Bréfritari: Sigríður Pálsdóttir
Viðtakandi: Páll Pálsson
Dagsetning: A-1860-01-30
Skrifað á: Hraungerði  Árn.
Páll var bróðir Sigríðar

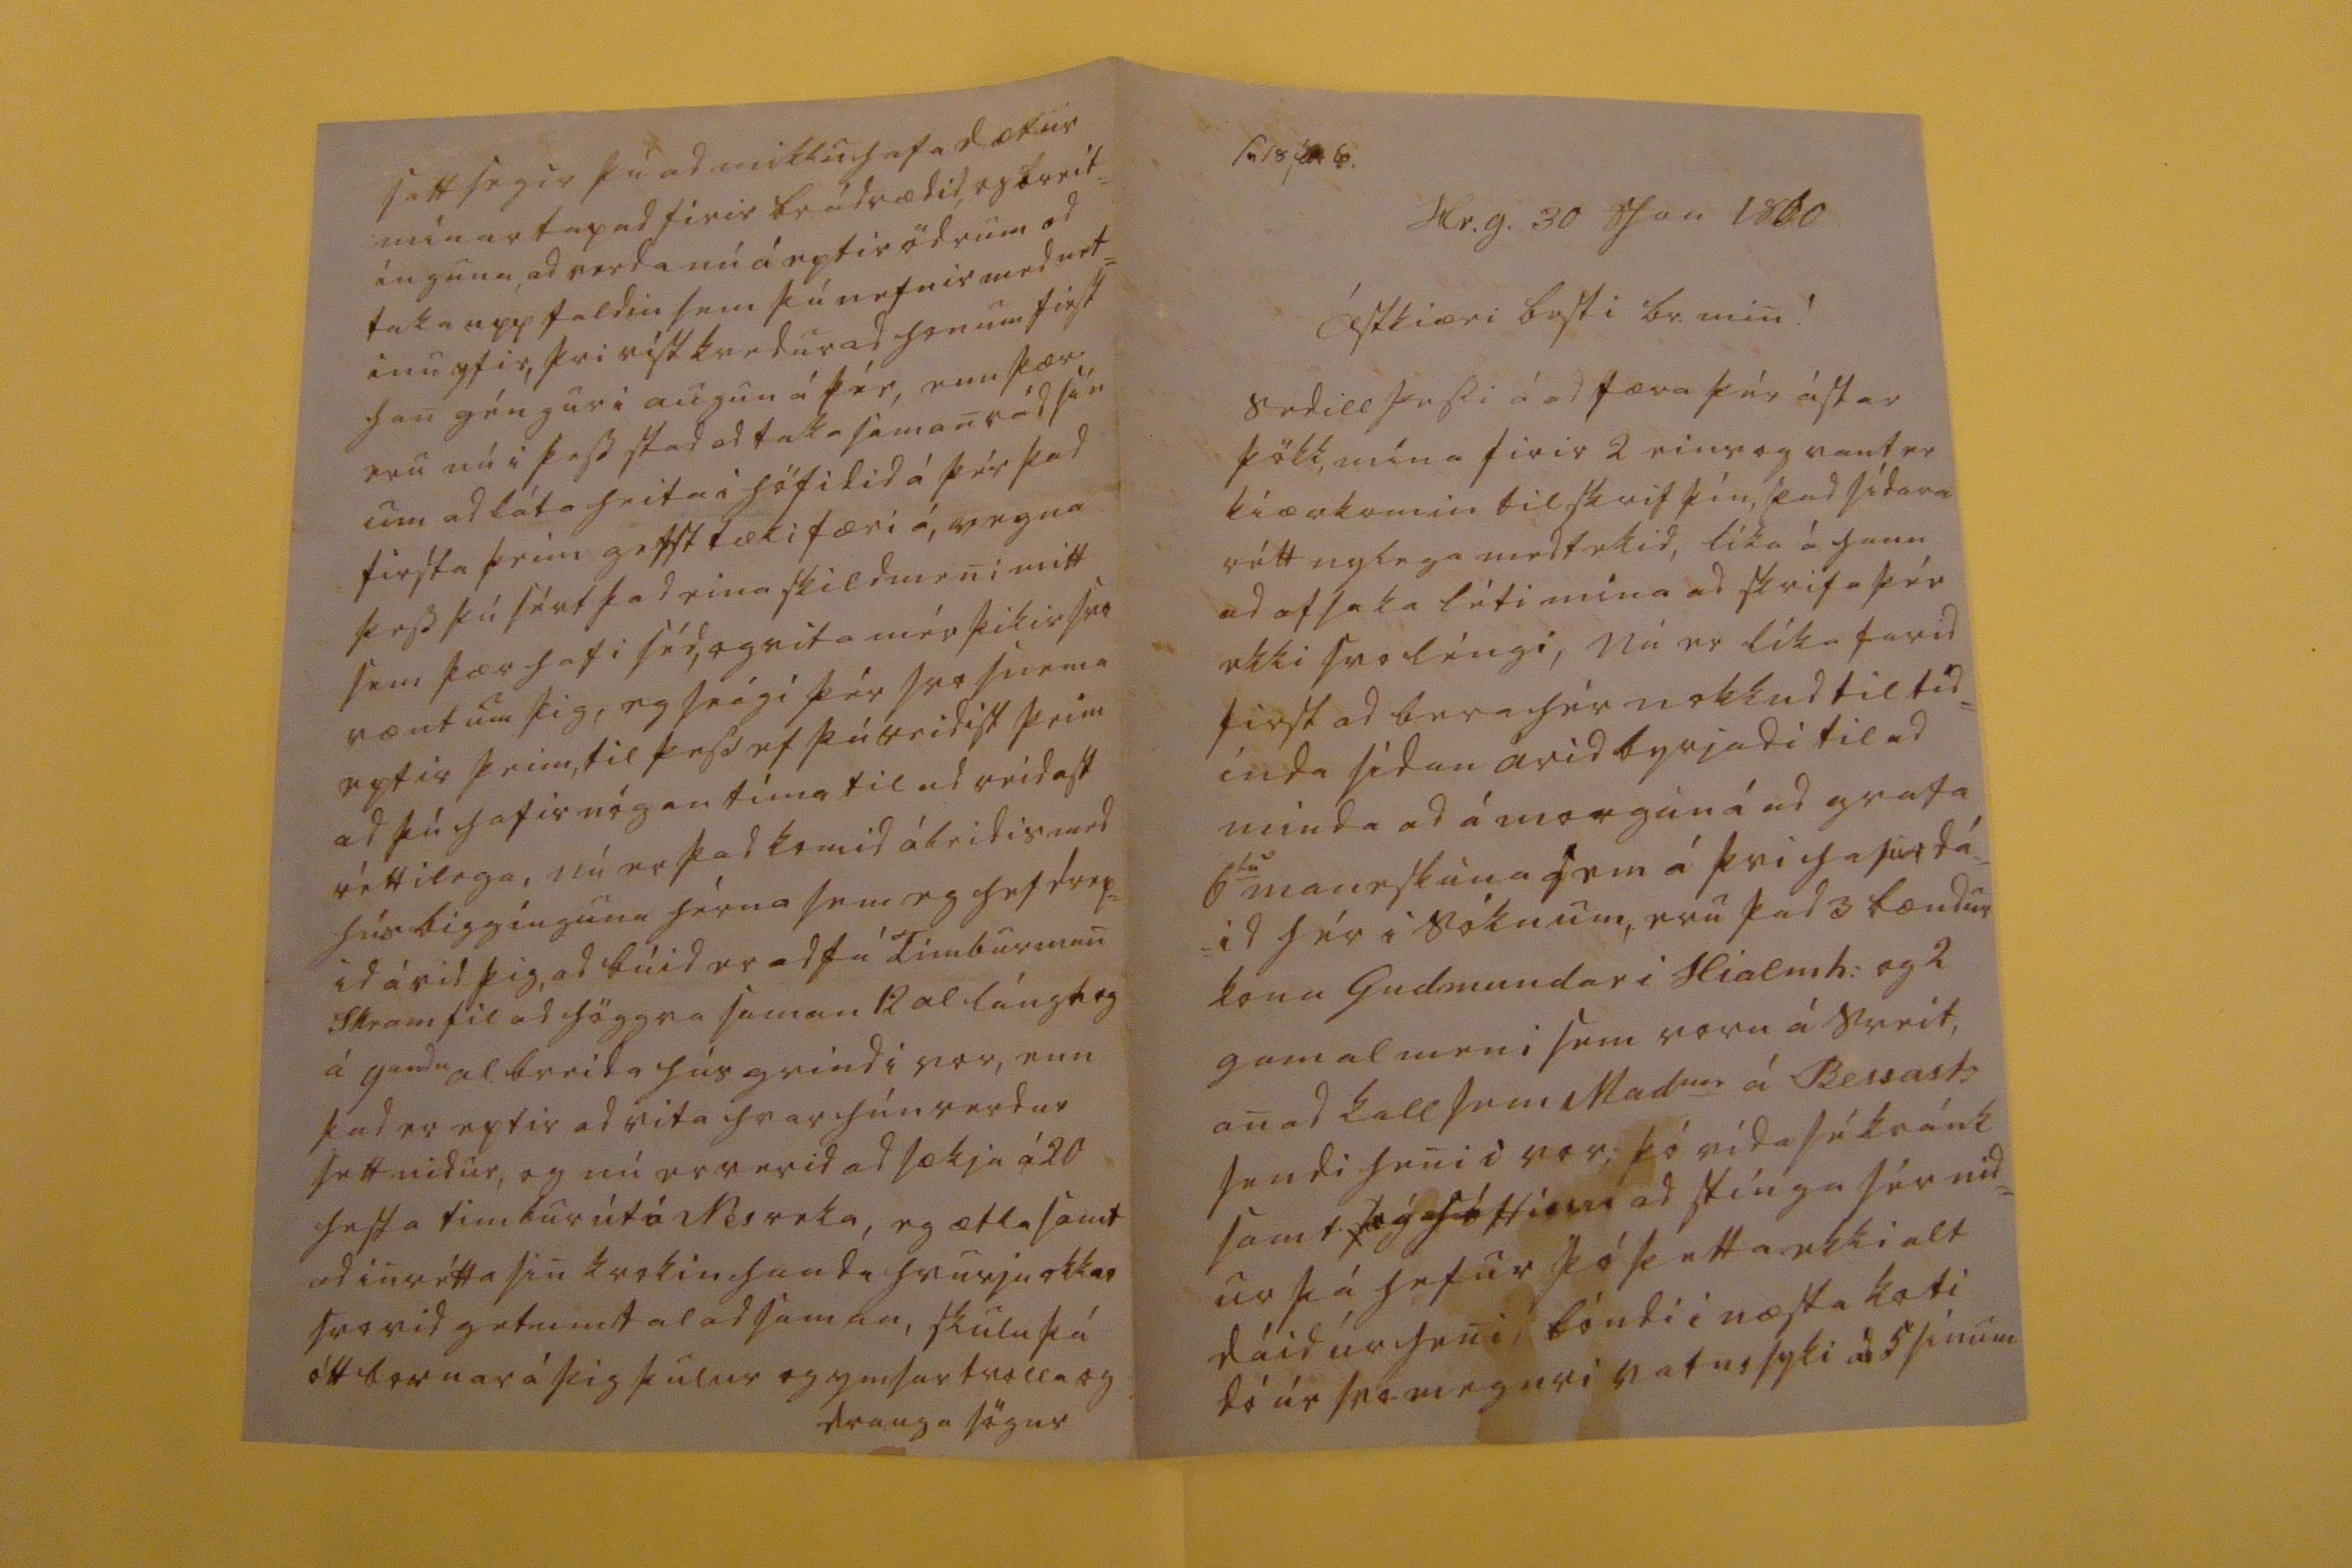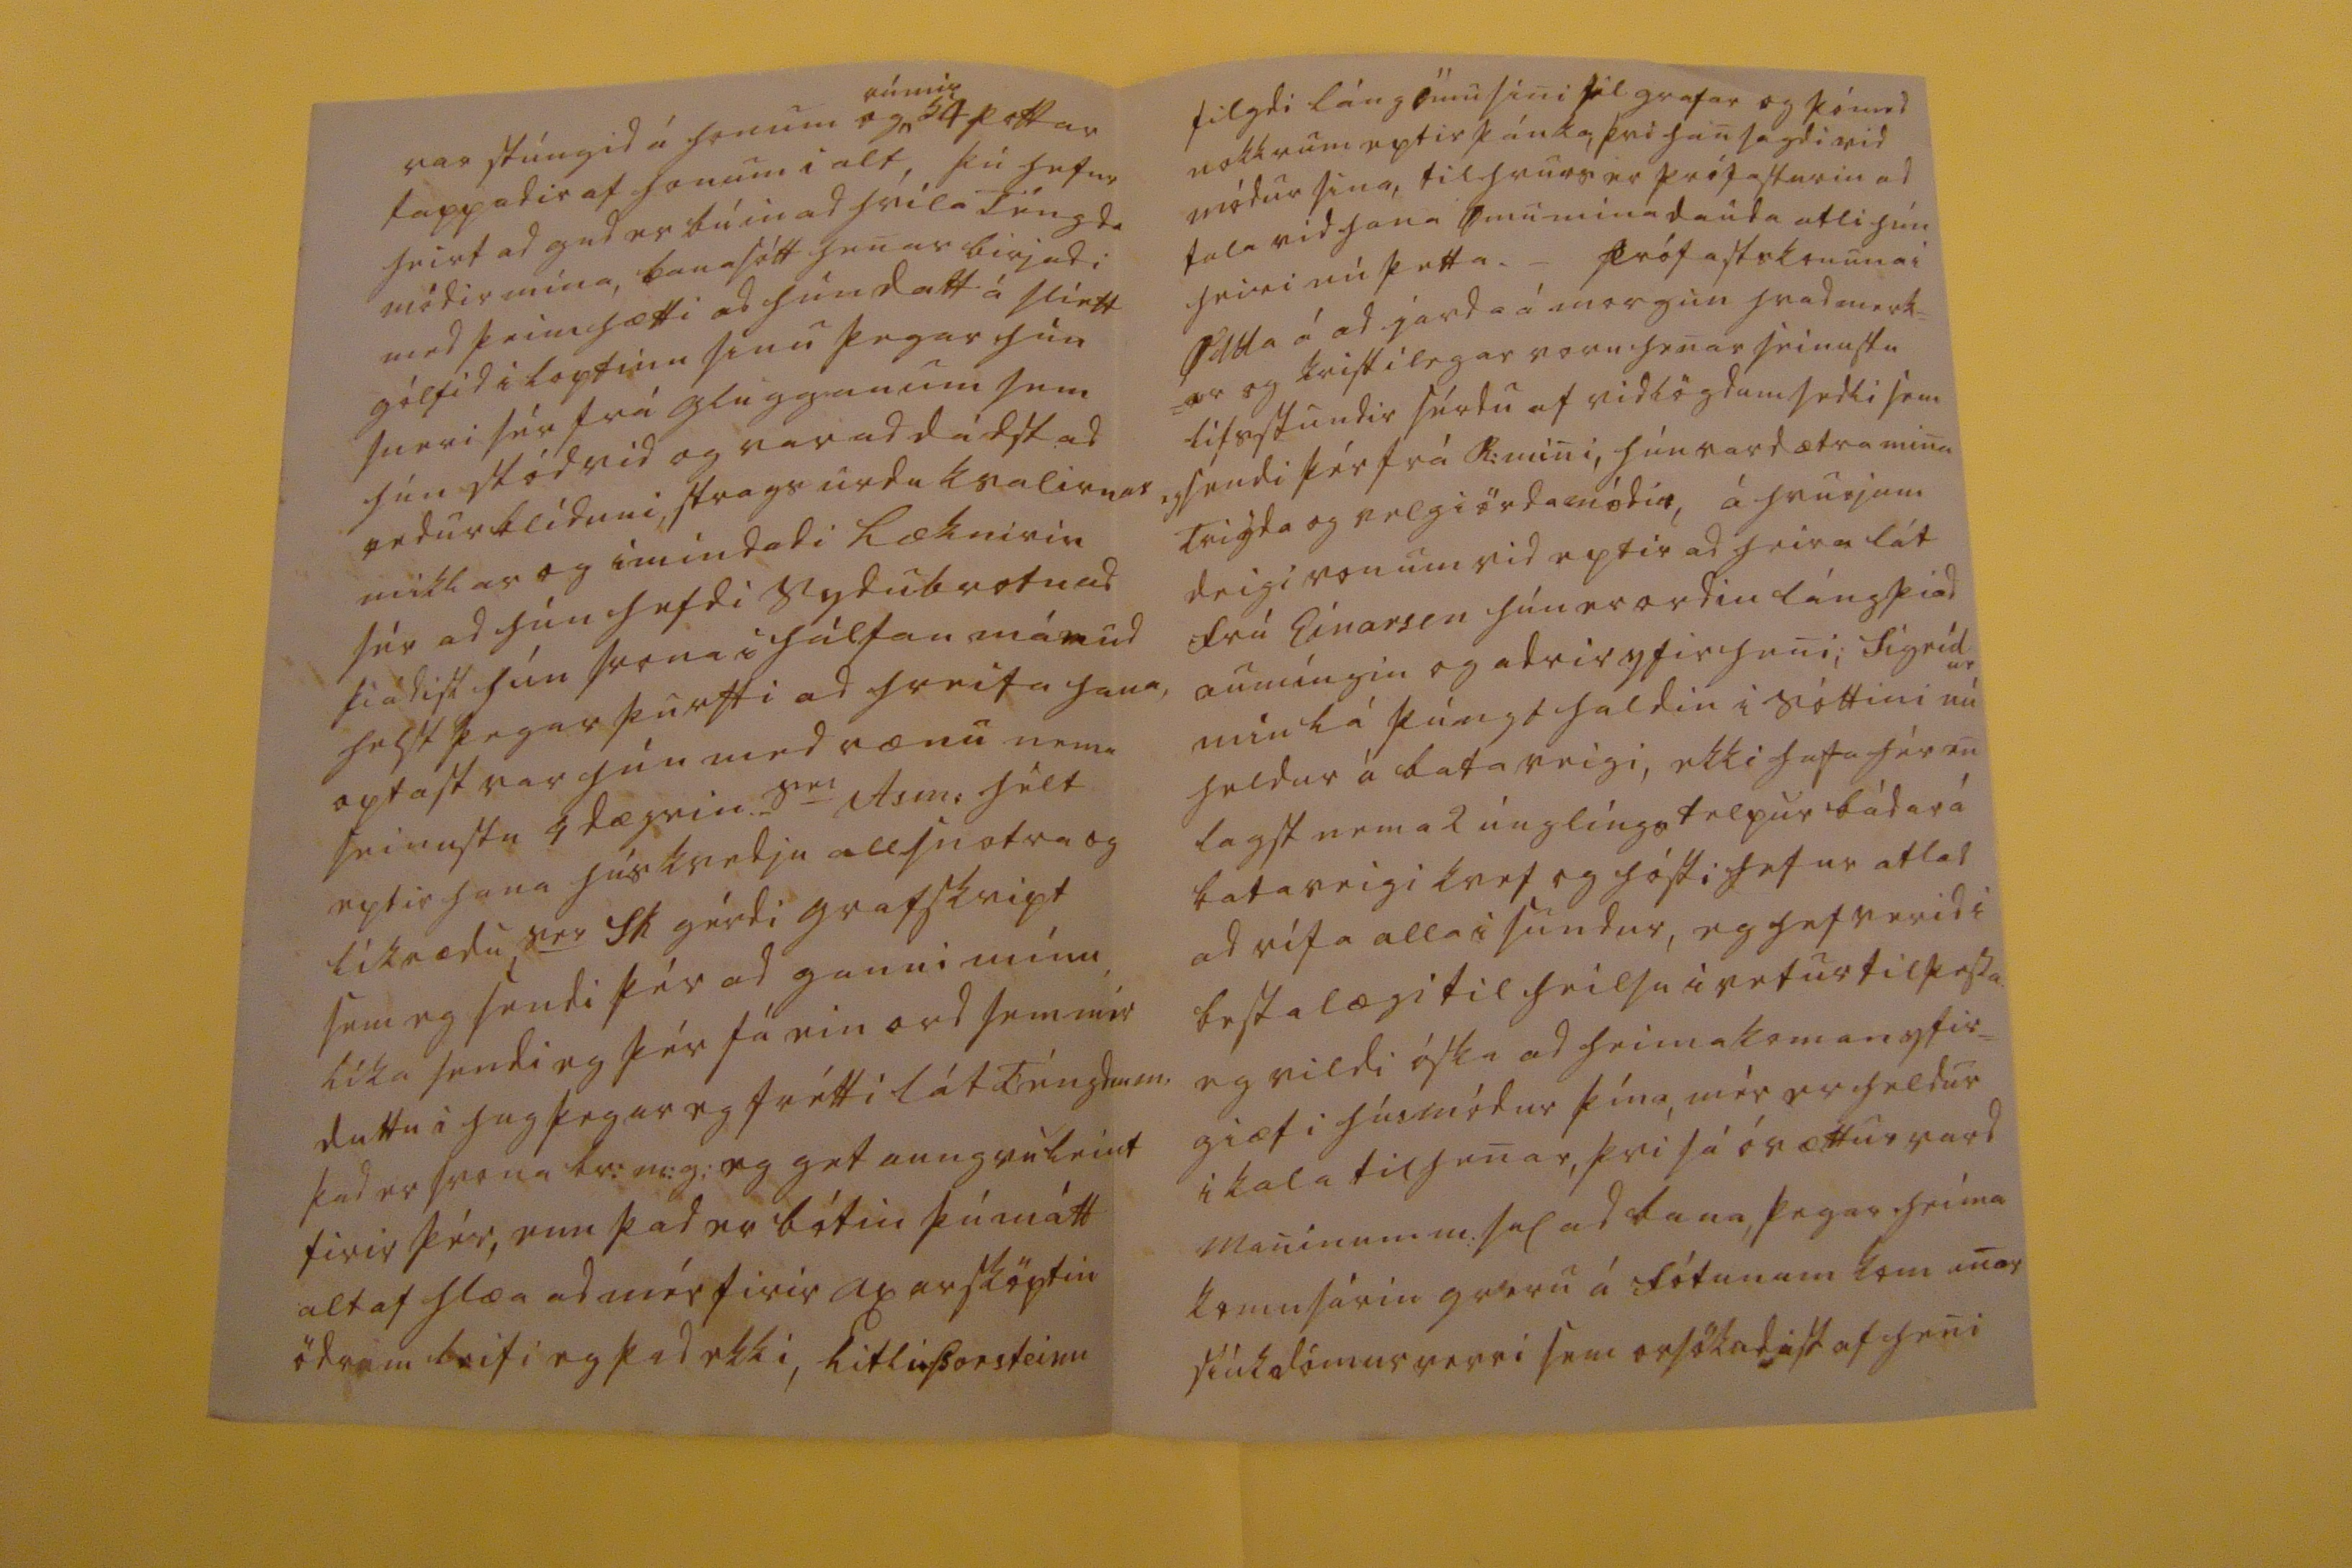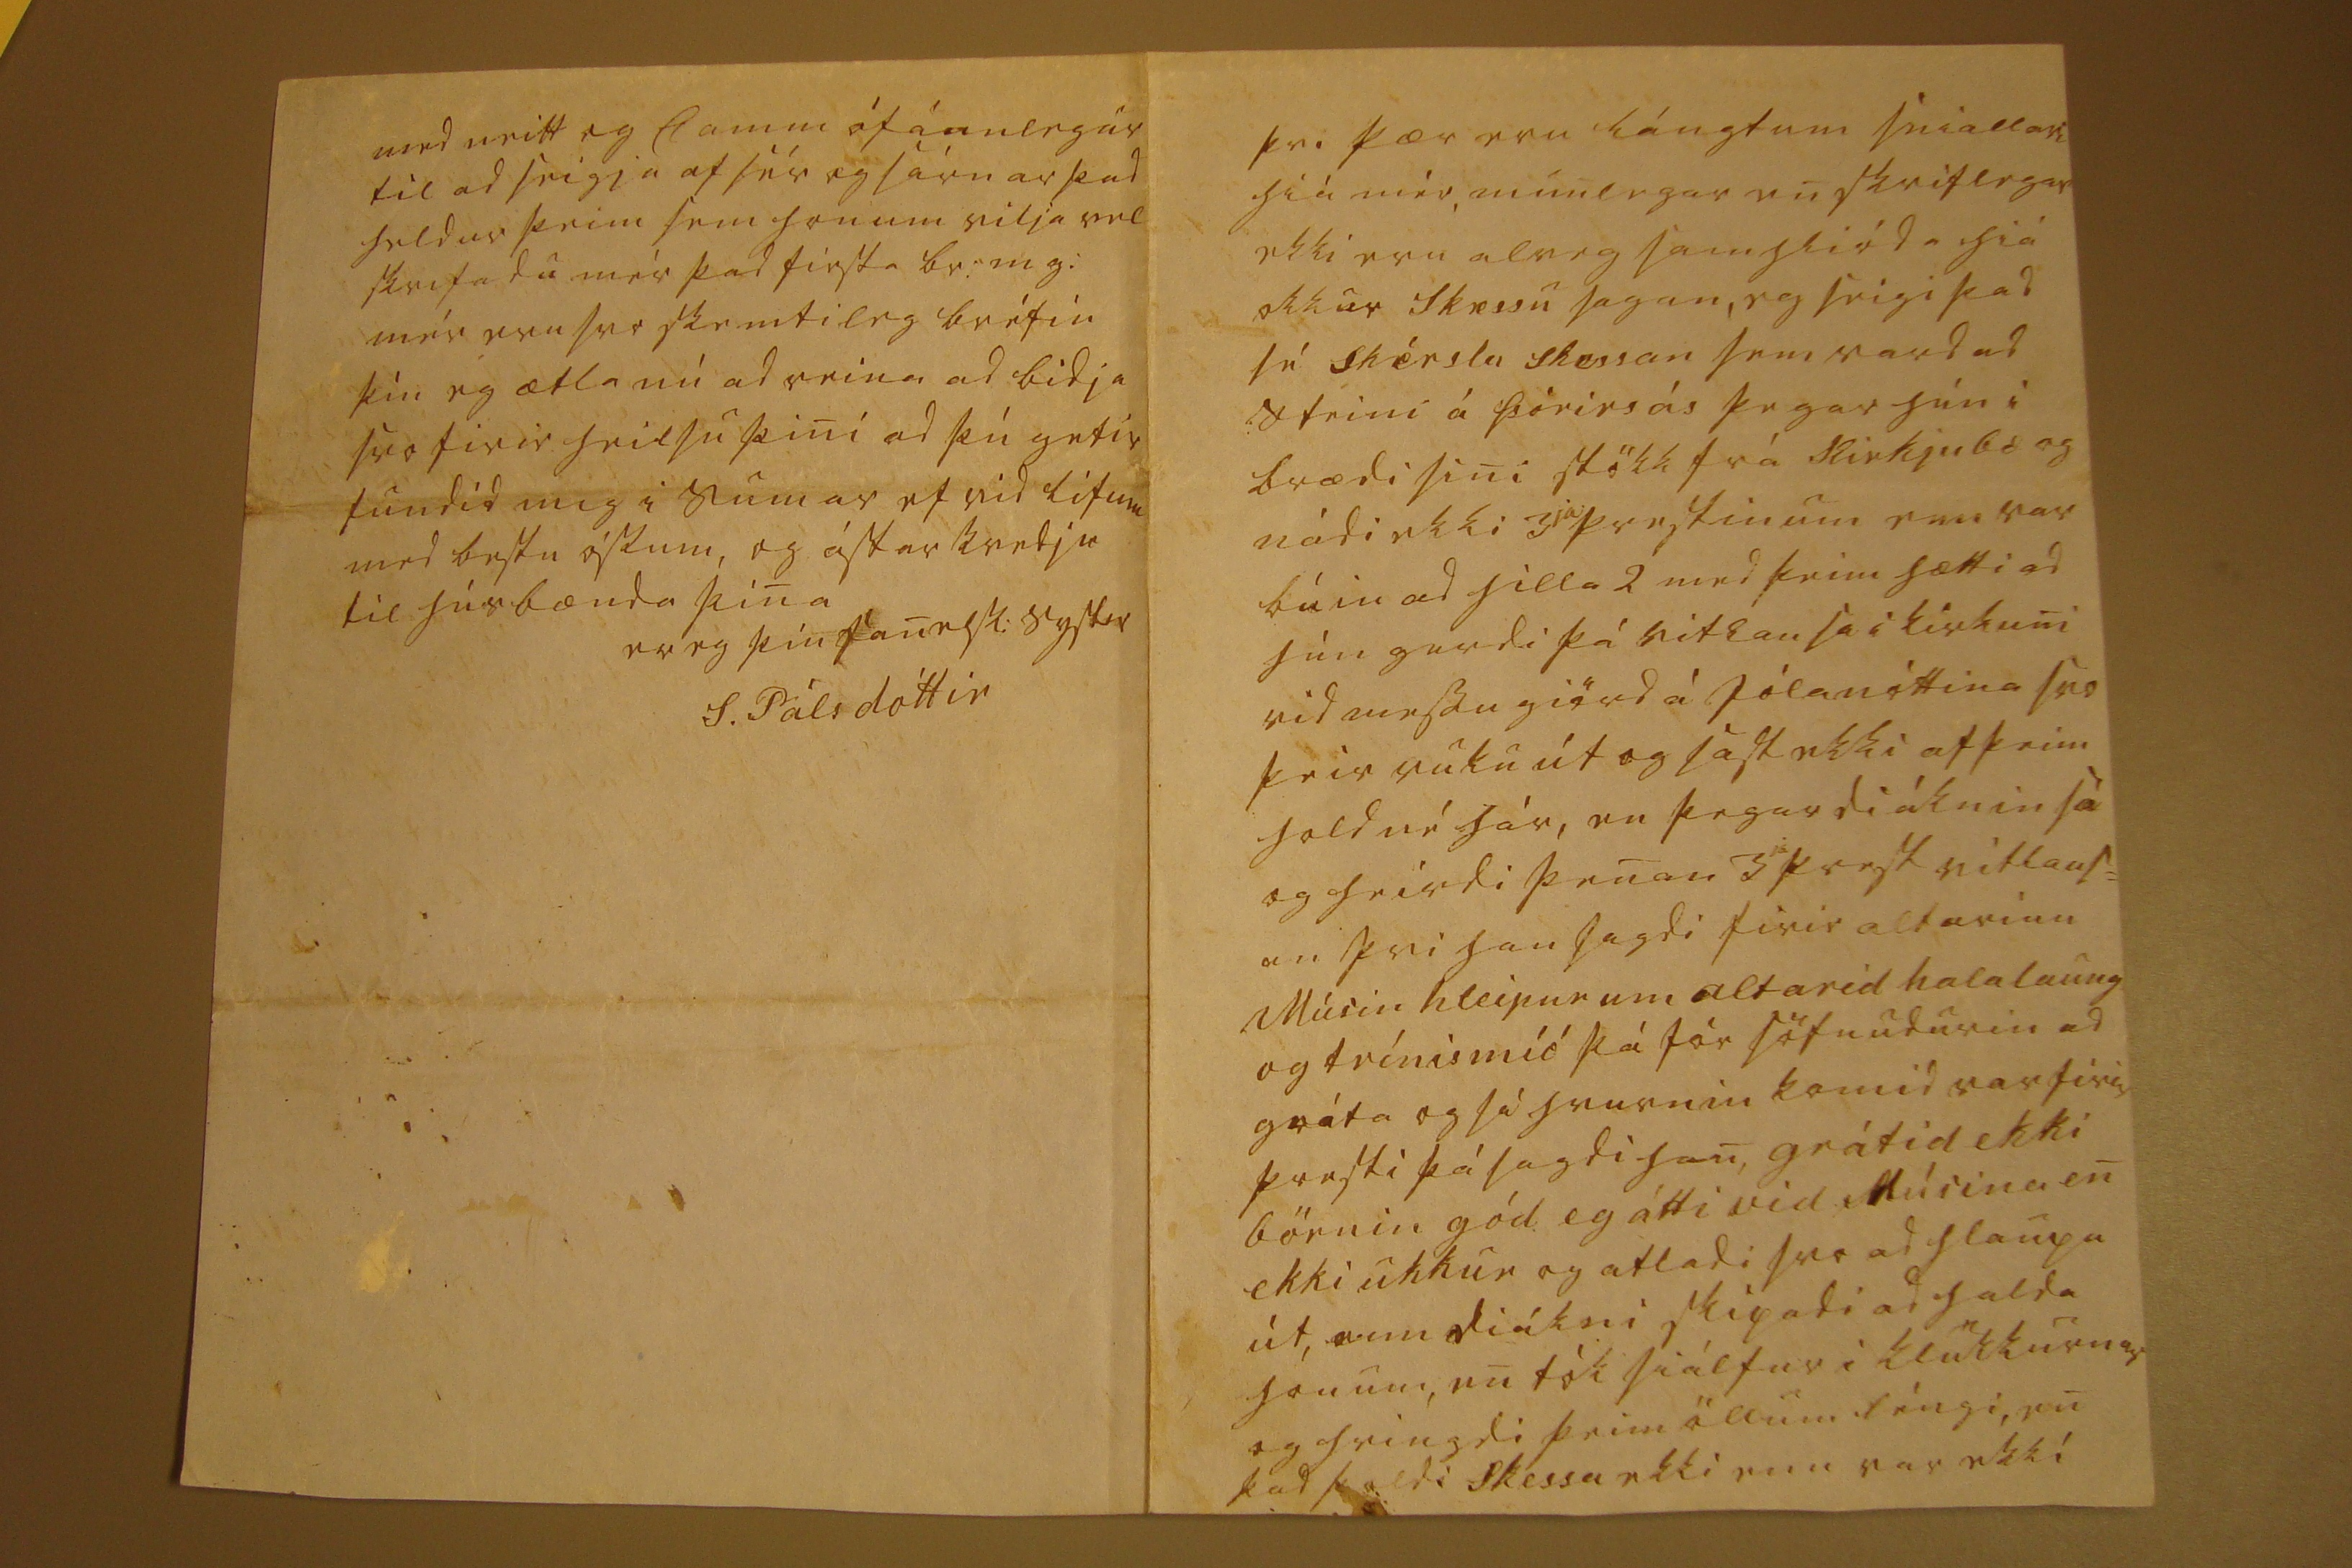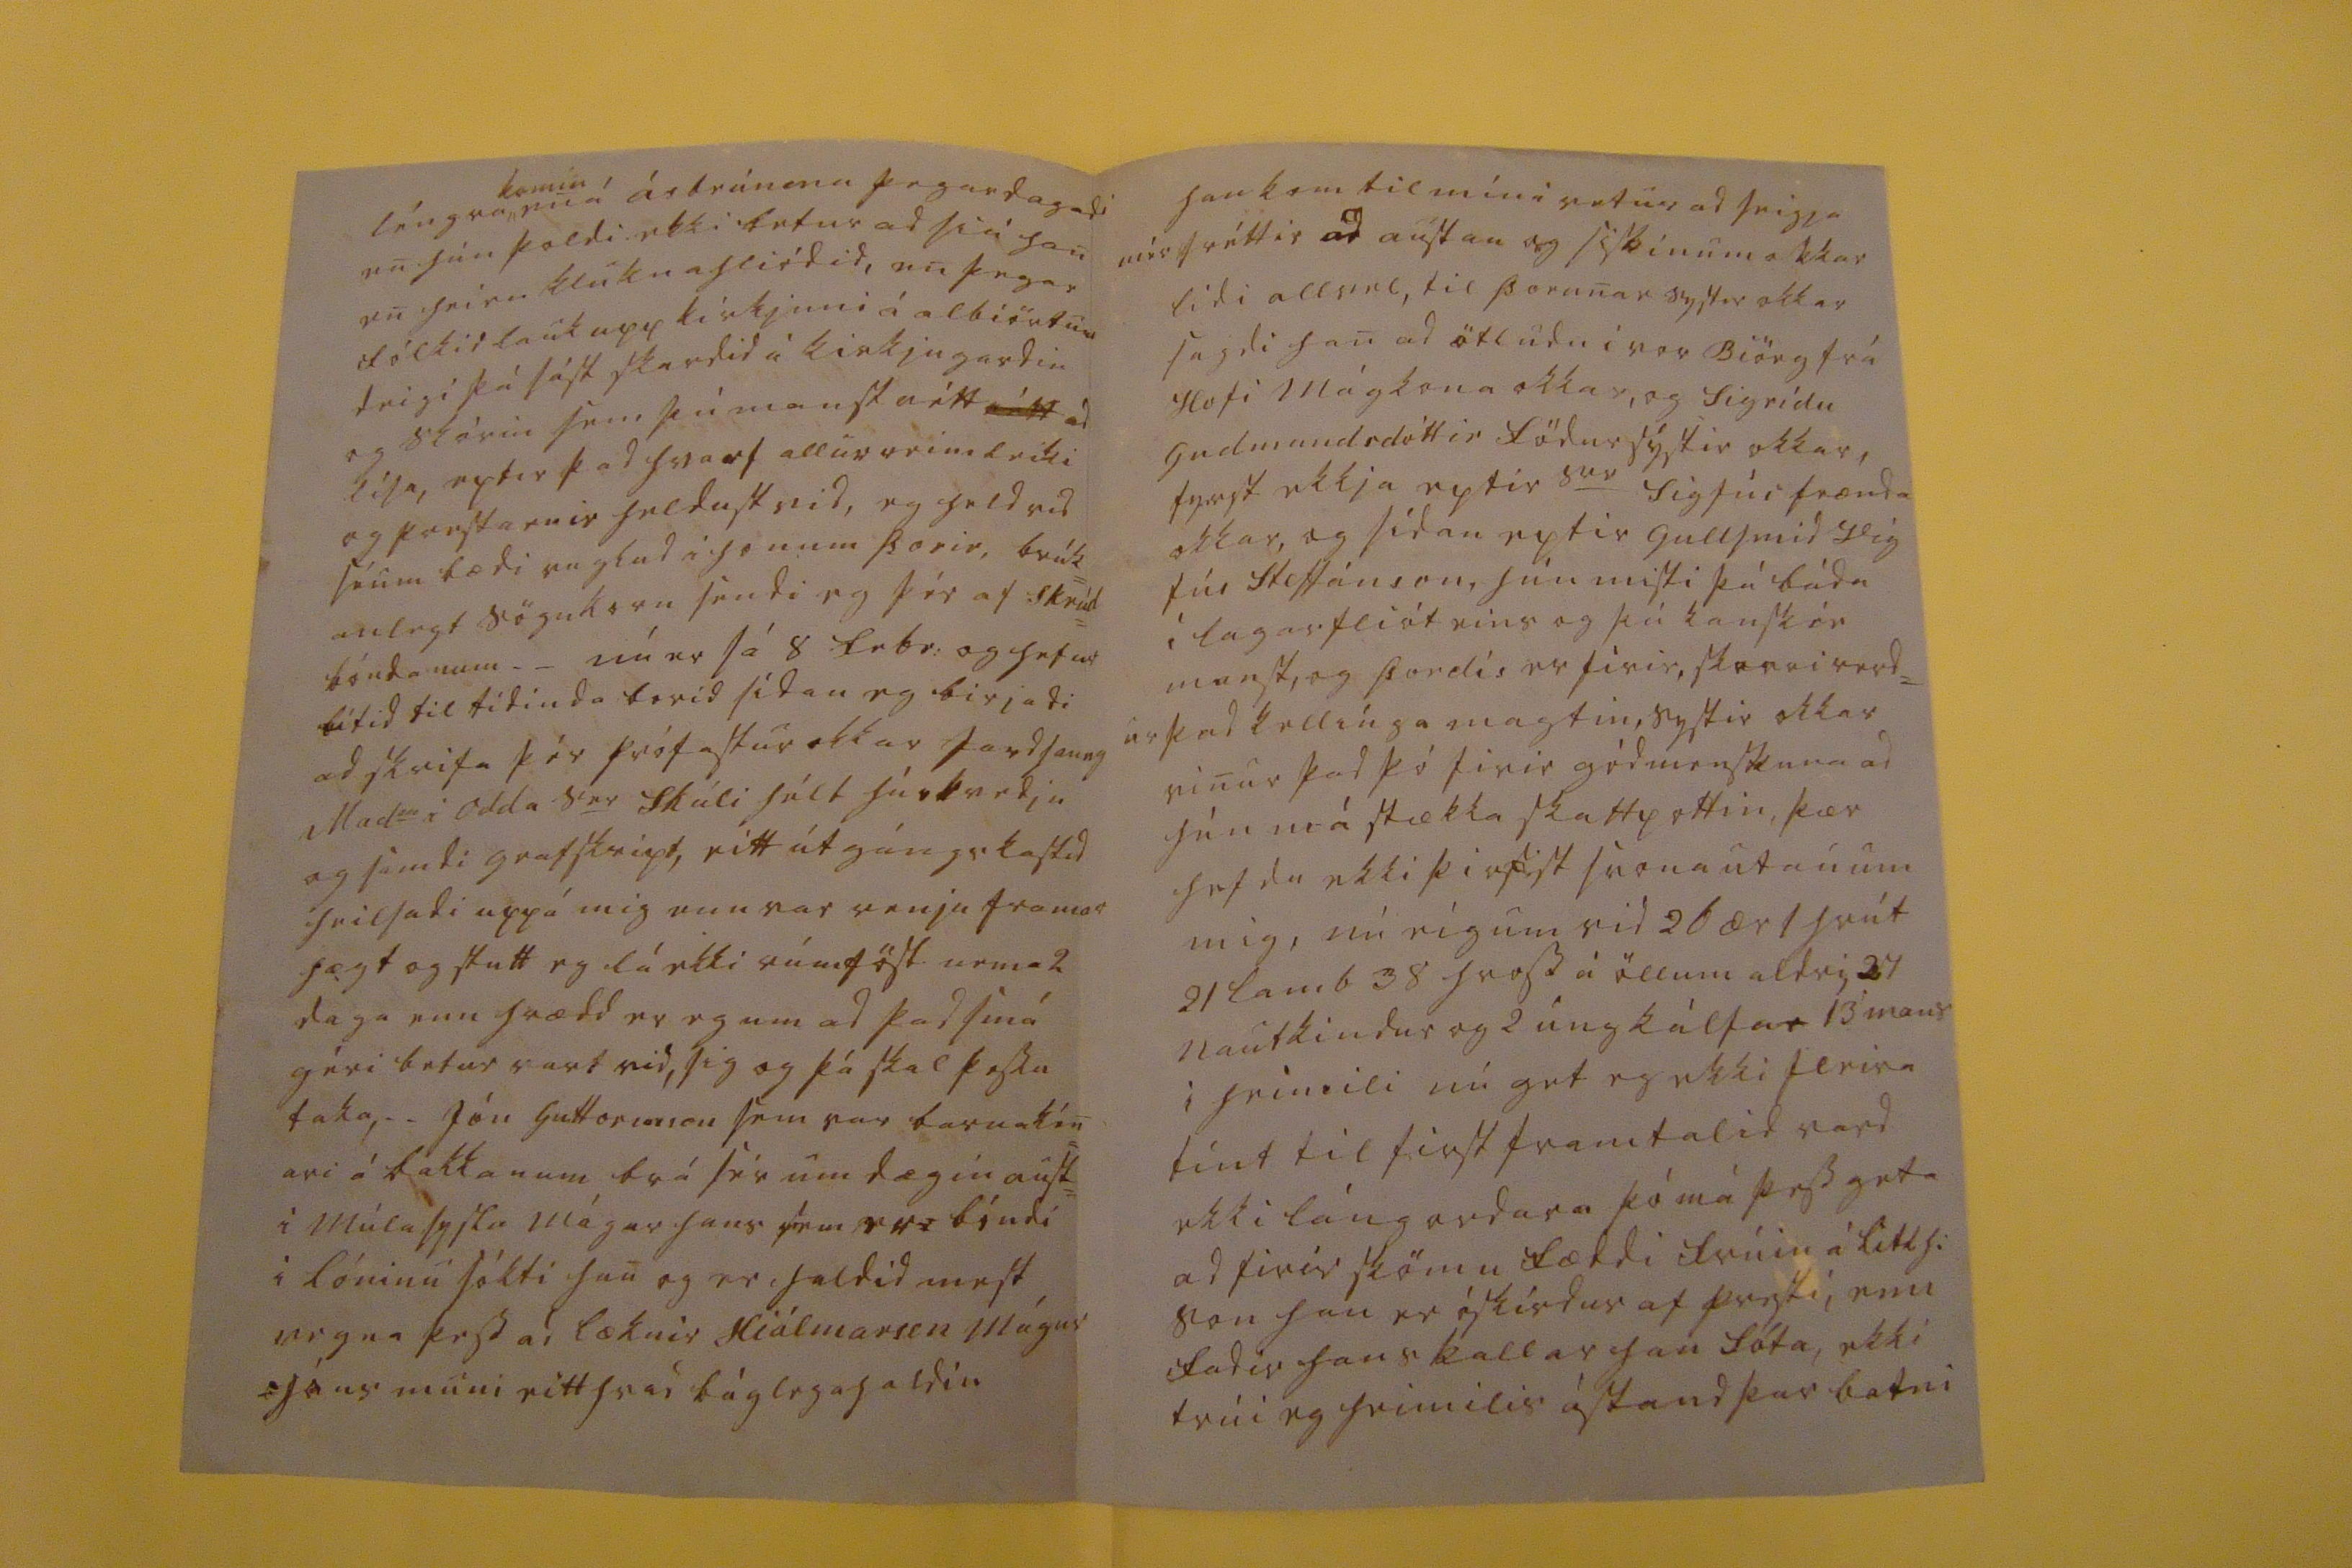

sv 18 febr 60.
Hr.g. 30 Jan 1860
Ástkiæri besti br. min!
sedill þessi á ad færa þér ástar þökk, mína firir 2 eins og vant er kiærkomin tilskrif þín, þad sídara rétt nylega medtekid, líka á hann ad afsaka léti mína ad skrifa þér ekki svo léngi, Nú er líka farid first ad bera hér nokkud til tíd= índa sídan árid byrjadi til ad minda ad á morgun á ad grafa 6
tu
maneskuna sem á þvi hefur dá= =id hér i sóknum, eru þad 3 bændur konu Gudmundar i Hialmh: og 2 gamalmeni sem voru á sveit, anad kall sem Mad
me
á Bessast: sendi heni i vor; þó vída sé kránk samt
0000 sóttinn
ad stínga sér nid= ur þá hefur þó þetta ekki alt dáid úr heni bóndi i næsta koti dó úr svo megnri vatnssyki ad 5 sinum
var stúngid á honum og,
rúmir
04
pottar tappadir af honum i alt, þú hefur heirt ad gud er búin ad hvila téngda módir mína, banasótt henar birjadi med þeim hætti ad hun datt á fliett gólfid i loptinu sínu þegar hún sneri sér frá glugganum sem hún stód vid og var ad dádst ad vedurblíduni, strags urdu kvalirnar miklar og ímindadi læknirin sér ad hún hefdi sydubrotnad þiádist hún svona i hálfan mánud helst þegar þurfti ad hreifa hana, optast var hún med rænu nema seinustu 4 dægrin s
er
Asm: hélt eptir hana húskvedju allsnotra og líkrædu, s
er
Sk gérdi grafskript sem eg sendi þér ad ganni mínu, líka sendi eg þér fá ein ord sem mér duttu i hug þegar eg frétti lát téngdm m, þad er svona br:m:g: eg get aungvu leint firir þér, enn þad er bótin þú mátt altaf hlæa ad mér firir axarsköptin ödrum
b0ifi
eg þad ekki, litli Þorsteinn
filgdi lángömu sini til grafar og þó med nokkrum eptir þánka, þvi han sagdi vid módur sina, til hvurs er prófasturin ad tala vid hana Ömu mina dauda atli hún heiri nú þetta. _ prófastskonuna i
00tla
á ad jarda á morgun hvad merk= =ar og kristilegar voru henar seinustu lifstundir sérdu af vidlögdum sedli sem eg sendi þér frá R: mini, hún var dætra mina trigda og velgiördamódir, á hvurjum deigi vonum vid eptir ad heira lát frú Einars
en
hún er ordin lángþiad aumíngin og adrir yfir heni; Sigrídur mín lá þúngt haldin i sóttini nú heldur á bata veigi, ekki hafa hér en lagst nema 2 únglíngstelpur bádar á bataveigi kvef og hósti hefur atlad ad rífa alla i sundur, eg hef verid i besta lægi til heilsu i vetu til þessa. eg vildi óska ad heimakoman yfir= giæfi húsmódur þína, mér er heldur i kala til henar, þvi sá óvættur vard maninum m. sal ad bana, þegar heíma komu sárin greru á fótunum kom
m00
siúkdómur verri sem orsökadist af heni
satt segir þú ad miklu hafa dætur mínar tapad firir brádrædid og breit= ínguna, ad verda nú á eptir ödrum ad taka upp
faldin
sem þú nefnir med nef= inu yfir, þvi vist kvedur ad honum first han géngur i augun á þér, enn þær eru nú i þess stad ad taka samanrád
sín
um ad láta heita i höfidid á þér þad firsta þeim gefst tækifæri á, vegna þess þú sért þad eina skildmeni mitt sem þær hafi séd, og vita mér þikir svo vænt um þig, eg seigi þér svo snema eptir þeim, til þess ef þú reidist þeim ad þú hafir nógan tíma til ad reidast réttilega, nú er þad komid áleidis med húsbigginguna hérna sem eg hef drep= id árid þig, ad búid er ad fá timburmen
f0ram
til ad höggva saman 12 al lángt og á 9undu al. breida húsgrind i vor, enn þad er eptir ad vita hvar hún verdur sett nidur, og nú er verid ad sækja á 20 hesta timbur út á
Nesreka,
eg ætla samt ad inrétta sin krokin handa hvurju okkar svo vid getum talad saman, skulu þá óttbornar á þig þulur og ymsar trolla og drauga sögur
þvi þær eru lángtum sniallari hiá mér, munlegar en skriflegar ekki eru alveg samhlióda hiá okkur Skessu sagan, eg seigi þad sé Skérsla skessan sem vard ad steini á Þórirsás þegar hún i brædi sini stökk frá Kirkjubæ og nádi ekki 3ja prestinum enn var búin ad hilla 2 med þeim hætti ad hún gerdi þá vitlausa i kirkuni vid messu giörd á Jólanóttina svo þeir ruku út og sast ekki af þeim heldur hár, en þegar diáknin sá og heirdi þenan 3
ja
prest vitlaus= an þvi han sagdi firir altarinu Músin hleipur um altarid hala laung og trínismíó þá fór söfnudurin ad gráta og sá hvurnin komid var firir presti þá lagdi han, grátid ekki börnin gód eg átti vid Músina en ekki ukkur og atladi svo ad hlaupa út, enn diákni skipadi ad halda honum, en tók siálfur i klukkurnar og hringdi þeim öllum léngi, en þad þoldi skessa ekki enn var ekki
léngra,
komin
en á árbrúnina þegar dagadi en hún þoldi ekki betur ad siá han en heira kluknahliódid, en þegar fólkid lauk upp kirkjuni á albiörtum deigi þá sást skardid á kirkjugardin og skórin sem þú manst
rétt
rétt
ad líta, eptir þad hvarf allur reimleiki og prestarnir heldust vid, eg held vid séum bædi ruglud i honum þorir, brúk= anlegt sögukorn sendi eg þér af skrúd= bóndanum _ _ nú er sá 8 febr: og hefur lítid til tídinda borid sídan eg birjadi ad skrifa þér prófastur okkar jardsaung Mad
me
i odda s
er
Skúli hélt húskvedju og samdi grafskript, eitt útgángskaftid heilsadi uppá mig enn var venju framar hægt og stutt eg lá ekki rúmföst nema 2 daga enn hrædd er eg um ad þad smá géri betur vart vid, sig og þá skal þessu taka, _ _ Jón Guttormson sem var barnakén= ari á bakkanum brá sér um dægin aust= i Múlasyslu mágur hans
sem er0
bóndi i lóninu sókti han og er haldid mest vegna þess ad læknir Hiálmarson mágur Jóns muni eitthvad báglega haldin
han kom til mín i vetur ad seigja mér fréttir ad austan og siskinum okkar lídi allvel, til Þorunar systir okkar sagdi han ad ötludu i vor Biörg frá Hofi mágkona okkar, og Sigrídu Gudmundsdóttir födursystir okkar, fyrsta ekkja eptir
s0r
Sigfús frænda okkar, og sídan eptir Gullsmid Vig fús Steffánson, hún misti þá báda í Lagarfliót eins og þú kanskie mast og Þordís er firir,
skarri
verd= ur þad kellíngamagtin, systir okkar vinur þad þó firir gódmenskuna ad hún má stækka skaftpottin, þær hefdu ekki
þir0ist
svona utan um mig, nú eigum vid 26 ær 1 hrút 21 lamb 38 hross á öllum aldri, 24 nautkindur og 2 ungkálfar 13 mans i heimili nú get eg ekki fleira tínt til first framtalid vard ekki lángordara þó má þess geta ad firir skömu fæddi frúin á
litl h: son
han er óskírdur af presti, enn fadir hans kallar han
fóta,
, ekki trúi eg heimilis ástand þar batni
med neitt eg
0amm
ófáanlegur til ad seigja af sér og sárnar þad heldur þeim sem honum vilja vel skrifadu mér þad firsta br:m g: mér eru svo skemtileg bréfin þín eg ætla nú ad reina ad bidja svo firir heilsu þini ad þú getir fundid mig i sumar ef vid lifum med bestu óskum, og ástarkvedju til húsbænda þina
er eg þín sanelsk: systir
S. Pálsdóttir